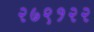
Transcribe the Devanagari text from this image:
२७९१२२